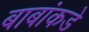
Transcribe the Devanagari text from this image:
बाबांकडे